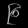
Digit: ၉